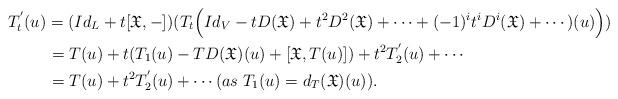
LaTeX: \begin{align*} &T^{'}_t(u)=(Id_L+t[\mathfrak{X},-]) (T_t \Big(Id_V-tD(\mathfrak{X})+t^{2}D^{2}(\mathfrak{X})+\cdots+(-1)^{i}t^{i}D^{i}(\mathfrak{X})+\cdots)(u)\Big))\\ &\quad\;\;\;\;\;=T(u)+t(T_1(u)-TD(\mathfrak{X})(u)+[\mathfrak{X},T(u)])+t^{2}T^{'}_{2}(u)+\cdots\\ &\quad\;\;\;\;\; =T(u)+t^{2}T^{'}_{2}(u)+\cdots(as\; T_1(u)=d_T(\mathfrak{X})(u)).\end{align*}